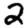
Digit: 2